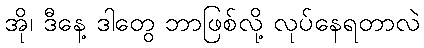
အို၊ ဒီနေ့ ဒါတွေ ဘာဖြစ်လို့ လုပ်နေရတာလဲ